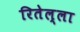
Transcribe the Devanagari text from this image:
रितेल्ला